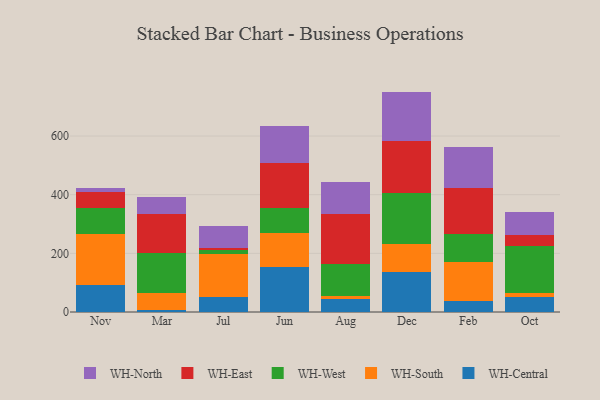
{"axis": {"x": "Month", "y": "Waste Production (Tons)"}, "legend": ["WH-Central", "WH-East", "WH-North", "WH-South", "WH-West"], "data": [{"x": "Nov", "y": 93.6, "type": "WH-Central"}, {"x": "Nov", "y": 172.2, "type": "WH-South"}, {"x": "Nov", "y": 88.1, "type": "WH-West"}, {"x": "Nov", "y": 55.5, "type": "WH-East"}, {"x": "Nov", "y": 13.3, "type": "WH-North"}, {"x": "Mar", "y": 8.0, "type": "WH-Central"}, {"x": "Mar", "y": 56.8, "type": "WH-South"}, {"x": "Mar", "y": 134.8, "type": "WH-West"}, {"x": "Mar", "y": 133.2, "type": "WH-East"}, {"x": "Mar", "y": 58.4, "type": "WH-North"}, {"x": "Jul", "y": 51.5, "type": "WH-Central"}, {"x": "Jul", "y": 145.0, "type": "WH-South"}, {"x": "Jul", "y": 15.6, "type": "WH-West"}, {"x": "Jul", "y": 6.0, "type": "WH-East"}, {"x": "Jul", "y": 74.4, "type": "WH-North"}, {"x": "Jun", "y": 153.6, "type": "WH-Central"}, {"x": "Jun", "y": 116.9, "type": "WH-South"}, {"x": "Jun", "y": 85.8, "type": "WH-West"}, {"x": "Jun", "y": 152.0, "type": "WH-East"}, {"x": "Jun", "y": 126.6, "type": "WH-North"}, {"x": "Aug", "y": 42.8, "type": "WH-Central"}, {"x": "Aug", "y": 11.6, "type": "WH-South"}, {"x": "Aug", "y": 109.9, "type": "WH-West"}, {"x": "Aug", "y": 169.4, "type": "WH-East"}, {"x": "Aug", "y": 110.0, "type": "WH-North"}, {"x": "Dec", "y": 136.4, "type": "WH-Central"}, {"x": "Dec", "y": 97.0, "type": "WH-South"}, {"x": "Dec", "y": 172.7, "type": "WH-West"}, {"x": "Dec", "y": 176.2, "type": "WH-East"}, {"x": "Dec", "y": 169.3, "type": "WH-North"}, {"x": "Feb", "y": 36.0, "type": "WH-Central"}, {"x": "Feb", "y": 136.1, "type": "WH-South"}, {"x": "Feb", "y": 94.3, "type": "WH-West"}, {"x": "Feb", "y": 157.2, "type": "WH-East"}, {"x": "Feb", "y": 140.3, "type": "WH-North"}, {"x": "Oct", "y": 51.9, "type": "WH-Central"}, {"x": "Oct", "y": 12.0, "type": "WH-South"}, {"x": "Oct", "y": 162.3, "type": "WH-West"}, {"x": "Oct", "y": 37.9, "type": "WH-East"}, {"x": "Oct", "y": 78.6, "type": "WH-North"}]}